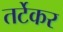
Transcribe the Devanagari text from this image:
तर्टेकर